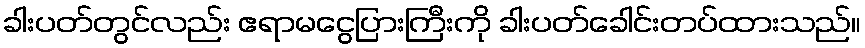
ခါးပတ်တွင်လည်း ဧရာမငွေပြားကြီးကို ခါးပတ်ခေါင်းတပ်ထားသည်။